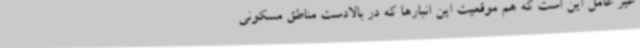
غیر عامل این است که هم موقعیت این انبارها که در بالادست مناطق مسکونی